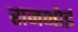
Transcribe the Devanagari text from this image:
राजभोई